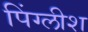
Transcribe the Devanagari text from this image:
पिंग्लीश